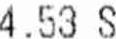
4.53 S